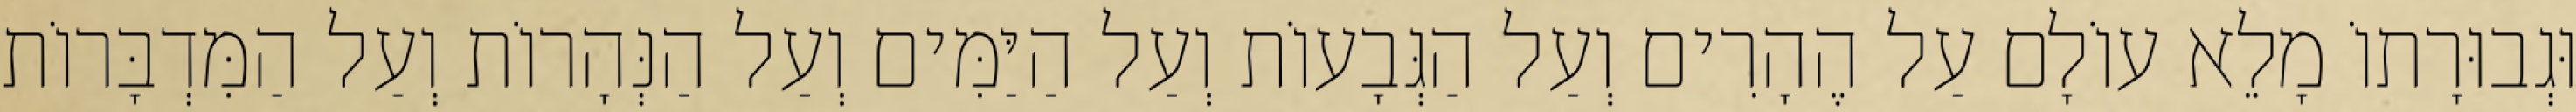
וּגְבוּרָתוֹ מָלֵא עוֹלָם עַל הֶהָרִים וְעַל הַגְּבָעוֹת וְעַל הַיַּמִּים וְעַל הַנְּהָרוֹת וְעַל הַמִּדְבָּרוֹת